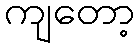
ကျတော့